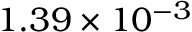
1 . 3 9 \times 1 0 ^ { - 3 }